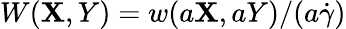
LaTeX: W(\mathbf{X},Y)=w(a\mathbf{X},aY)/(a\dot{{\gamma}})